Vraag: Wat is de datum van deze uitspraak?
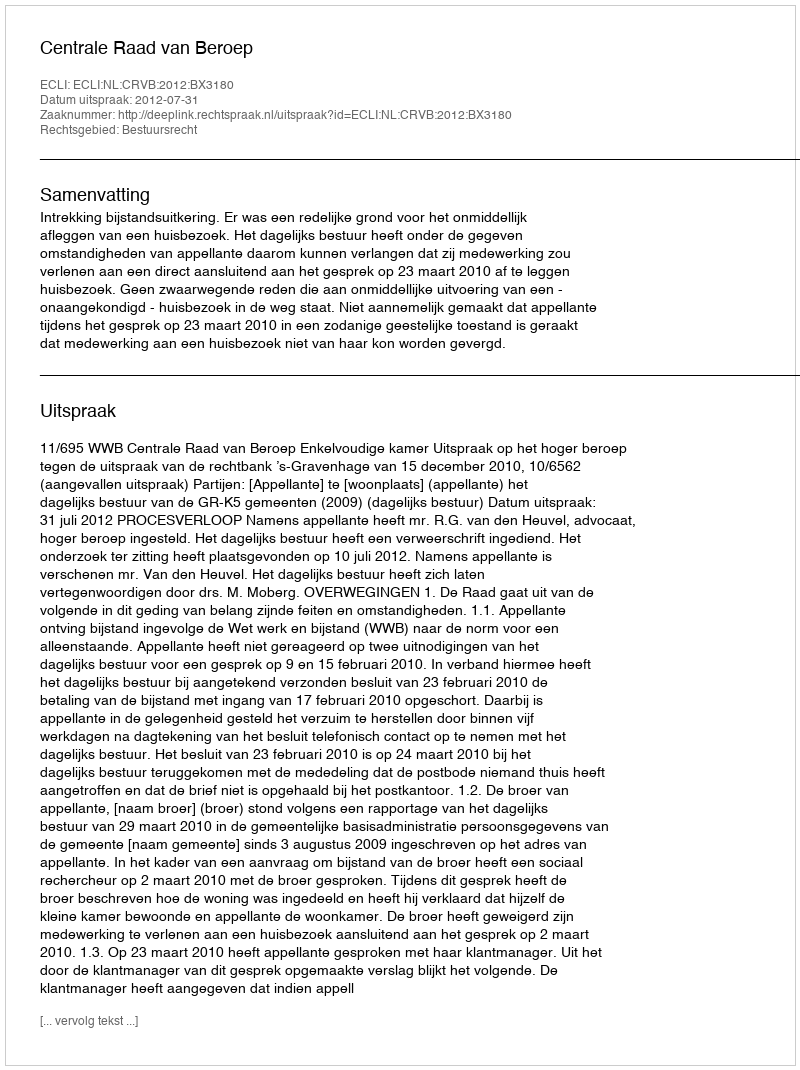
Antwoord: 2012-07-31